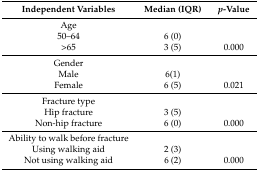
<table><thead><tr><td><b>Independent Variables</b></td><td><b>Median (IQR)</b></td><td><b><i>p</i>-Value</b></td></tr></thead><tbody><tr><td>Age</td><td>[EMPTY_CELL]</td><td>[EMPTY_CELL]</td></tr><tr><td>50–64</td><td>6 (0)</td><td>[EMPTY_CELL]</td></tr><tr><td>&gt;65</td><td>3 (5)</td><td>0.000</td></tr><tr><td>Gender</td><td>[EMPTY_CELL]</td><td>[EMPTY_CELL]</td></tr><tr><td>Male</td><td>6(1)</td><td>[EMPTY_CELL]</td></tr><tr><td>Female</td><td>6 (5)</td><td>0.021</td></tr><tr><td>Fracture type</td><td>[EMPTY_CELL]</td><td>[EMPTY_CELL]</td></tr><tr><td>Hip fracture</td><td>3 (5)</td><td>[EMPTY_CELL]</td></tr><tr><td>Non-hip fracture</td><td>6 (0)</td><td>0.000</td></tr><tr><td>Ability to walk before fracture</td><td>[EMPTY_CELL]</td><td>[EMPTY_CELL]</td></tr><tr><td>Using walking aid</td><td>2 (3)</td><td>[EMPTY_CELL]</td></tr><tr><td>Not using walking aid</td><td>6 (2)</td><td>0.000</td></tr></tbody></table>